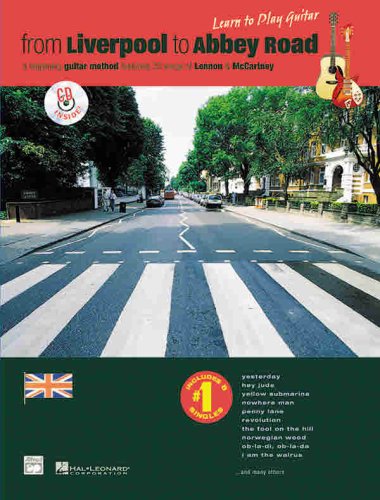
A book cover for From Liverpool to Abbey Road: A Beginning Guitar Method Featuring 33 Songs of Lennon & Mccartney (Learn to Play)(Book&CD); Humor & Entertainment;